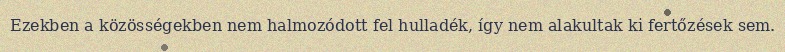
Ezekben a közösségekben nem halmozódott fel hulladék, így nem alakultak ki fertőzések sem.